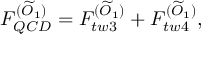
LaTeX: F _ { Q C D } ^ { ( \widetilde { O } _ { 1 } ) } = F _ { t w 3 } ^ { ( \widetilde { O } _ { 1 } ) } + F _ { t w 4 } ^ { ( \widetilde { O } _ { 1 } ) } ,